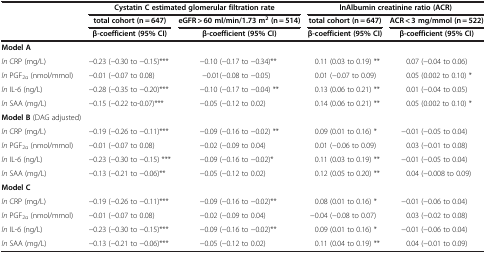
<table><thead><tr><td><b> </b></td><td colspan="2"><b>Cystatin C estimated glomerular filtration rate</b></td><td colspan="2"><b>lnAlbumin creatinine ratio (ACR)</b></td></tr><tr><td><b> </b></td><td><b>total cohort (n = 647)</b></td><td><b>eGFR &gt; 60 ml/min/1.73 m<sup>2</sup>(n = 514)</b></td><td><b>total cohort (n = 647)</b></td><td><b>ACR &lt; 3 mg/mmol (n = 522)</b></td></tr><tr><td><b> </b></td><td><b>β-coefficient (95% CI)</b></td><td><b>β-coefficient (95% CI)</b></td><td><b>β-coefficient (95% CI)</b></td><td><b>β-coefficient (95% CI)</b></td></tr></thead><tbody><tr><td><b>Model A</b></td><td> </td><td> </td><td> </td><td> </td></tr><tr><td><i>ln</i> CRP (mg/L)</td><td>−0.23 (−0.30 to −0.15)***</td><td>−0.10 (−0.17 to −0.34)**</td><td>0.11 (0.03 to 0.19) **</td><td>0.07 (−0.04 to 0.06)</td></tr><tr><td><i>ln</i> PGF<sub>2α</sub> (nmol/mmol)</td><td>−0.01 (−0.07 to 0.08)</td><td>−0.01(−0.08 to −0.05)</td><td>0.01 (−0.07 to 0.09)</td><td>0.05 (0.002 to 0.10) *</td></tr><tr><td><i>ln</i> IL-6 (ng/L)</td><td>−0.28 (−0.35 to −0.20)***</td><td>−0.10 (−0.17 to −0.04) **</td><td>0.13 (0.06 to 0.21) **</td><td>0.01 (−0.04 to 0.05)</td></tr><tr><td><i>ln</i> SAA (mg/L)</td><td>−0.15 (−0.22 to-0.07)***</td><td>−0.05 (−0.12 to 0.02)</td><td>0.14 (0.06 to 0.21) **</td><td>0.05 (0.002 to 0.10) *</td></tr><tr><td><b>Model B</b> (DAG adjusted)</td><td> </td><td> </td><td> </td><td> </td></tr><tr><td><i>ln</i> CRP (mg/L)</td><td>−0.19 (−0.26 to −0.11)***</td><td>−0.09 (−0.16 to −0.02) **</td><td>0.09 (0.01 to 0.16) *</td><td>−0.01 (−0.05 to 0.04)</td></tr><tr><td><i>ln</i> PGF<sub>2α</sub> (nmol/mmol)</td><td>−0.01 (−0.07 to 0.08)</td><td>−0.02 (−0.09 to 0.04)</td><td>0.01 (−0.06 to 0.09)</td><td>0.03 (−0.01 to 0.08)</td></tr><tr><td><i>ln</i> IL-6 (ng/L)</td><td>−0.23 (−0.30 to −0.15) ***</td><td>−0.09 (−0.16 to −0.02)*</td><td>0.11 (0.03 to 0.19) **</td><td>−0.01 (−0.05 to 0.04)</td></tr><tr><td><i>ln</i> SAA (mg/L)</td><td>−0.13 (−0.21 to −0.06)**</td><td>−0.05 (−0.12 to 0.02)</td><td>0.12 (0.05 to 0.20) **</td><td>0.04 (−0.008 to 0.09)</td></tr><tr><td><b>Model C</b></td><td> </td><td> </td><td> </td><td> </td></tr><tr><td><i>ln</i> CRP (mg/L)</td><td>−0.19 (−0.26 to −0.11)***</td><td>−0.09 (−0.16 to −0.02)**</td><td>0.08 (0.01 to 0.16) *</td><td>−0.01 (−0.06 to 0.04)</td></tr><tr><td><i>ln</i> PGF<sub>2α</sub> (nmol/mmol)</td><td>−0.01 (−0.07 to 0.08)</td><td>−0.02 (−0.09 to 0.04)</td><td>−0.04 (−0.08 to 0.07)</td><td>0.03 (−0.02 to 0.08)</td></tr><tr><td><i>ln</i> IL-6 (ng/L)</td><td>−0.23 (−0.30 to −0.15)***</td><td>−0.09 (−0.16 to −0.02)**</td><td>0.09 (0.01 to 0.16) *</td><td>−0.01 (−0.06 to 0.04)</td></tr><tr><td><i>ln</i> SAA (mg/L)</td><td>−0.13 (−0.21 to −0.06)***</td><td>−0.05 (−0.12 to 0.02)</td><td>0.11 (0.04 to 0.19) **</td><td>0.04 (−0.01 to 0.09)</td></tr></tbody></table>